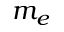
m _ { e }